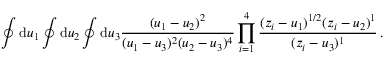
\oint \mathrm { d } u _ { 1 } \oint \mathrm { d } u _ { 2 } \oint \mathrm { d } u _ { 3 } \frac { ( u _ { 1 } - u _ { 2 } ) ^ { 2 } } { ( u _ { 1 } - u _ { 3 } ) ^ { 2 } ( u _ { 2 } - u _ { 3 } ) ^ { 4 } } \prod _ { i = 1 } ^ { 4 } \frac { ( z _ { i } - u _ { 1 } ) ^ { 1 / 2 } ( z _ { i } - u _ { 2 } ) ^ { 1 } } { ( z _ { i } - u _ { 3 } ) ^ { 1 } } \, .